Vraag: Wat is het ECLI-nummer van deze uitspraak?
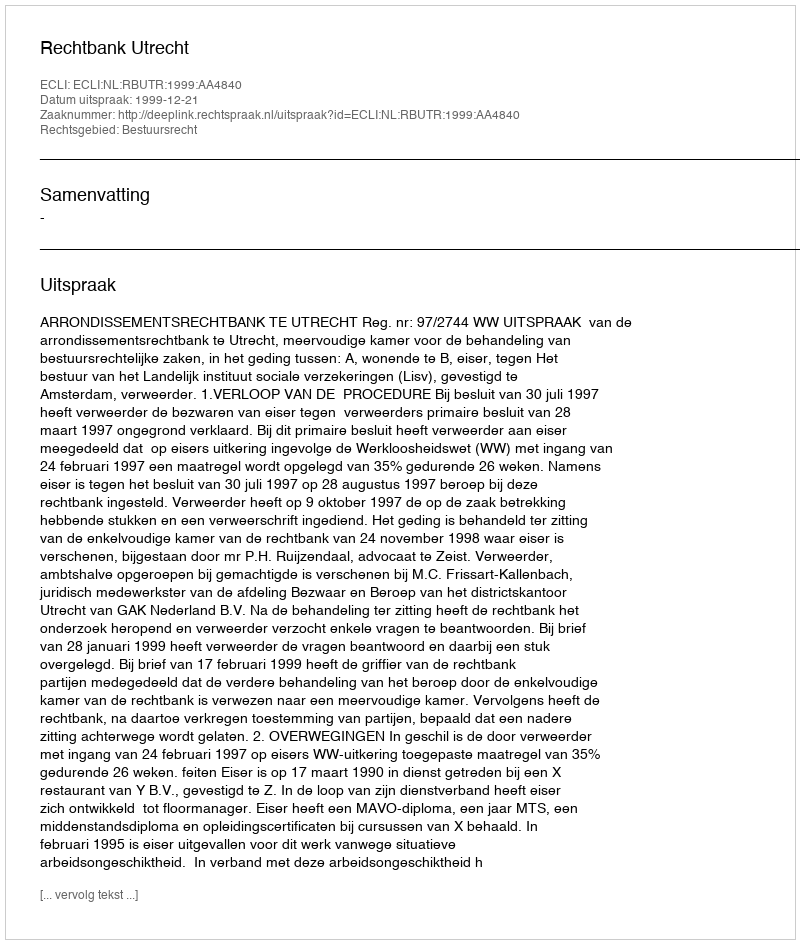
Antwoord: ECLI:NL:RBUTR:1999:AA4840